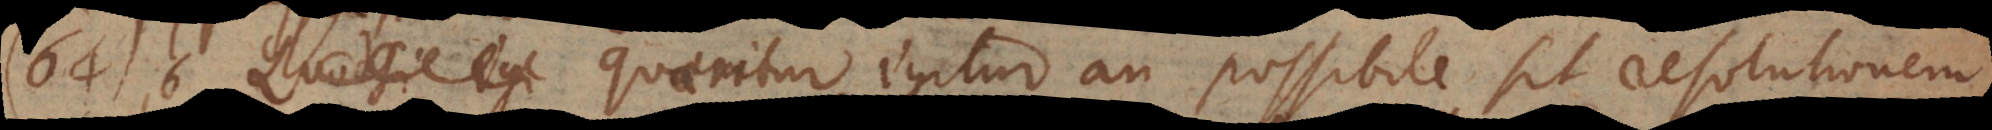
. § 64) Quaeritur igitur an possibile sit resolutionem